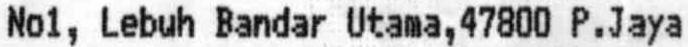
NO1, LEBUH BANDAR UTAMA,47800 P.JAYA